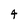
Character: 4